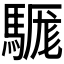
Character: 𩤴